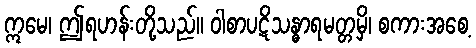
ဣမေ၊ ဤရဟန်းတို့သည်။ ဝါစာပဋိသန္ဓာရမတ္တမှိ၊ စကားအစေ့